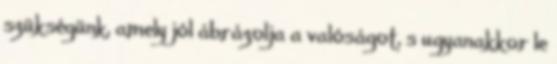
szükségünk, amely jól ábrázolja a valóságot, s ugyanakkor le